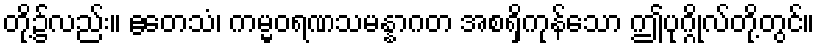
တို့၌လည်း။ ဧတေသံ၊ ကမ္မဝရဏသမန္နာဂတ အစရှိကုန်သော ဤပုဂ္ဂိုလ်တို့တွင်။